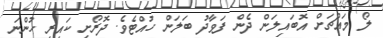
ލޯ މައްޗަށް އޮބައިލަން ދެން ފަވާދު ބަލަން ހުއްޓެވެ. ދޮރޯށި ކައިރީ ހުންނަ